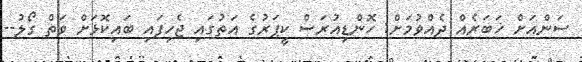
ސަންއަށް ޚަބަރެއް ދެއްވުމަށް: ހޮންޑިއުރަސް ކީޕަރުގެ އަތުގައި ޖެހިފައި ބައިކޮޅަށް ވަތް ގޯލު--